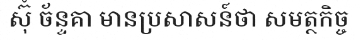
ស៊ុំ ច័ន្ទគា មានប្រសាសន៍ថា សមត្ថកិច្ច